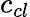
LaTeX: c_{cl}